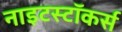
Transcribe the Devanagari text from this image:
नाइटस्टॉकर्स